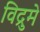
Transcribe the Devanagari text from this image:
विद्रुमे